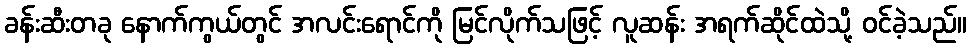
ခန်းဆီးတခု နောက်ကွယ်တွင် အလင်းရောင်ကို မြင်လိုက်သဖြင့် လူဆန်း အရက်ဆိုင်ထဲသို့ ဝင်ခဲ့သည်။